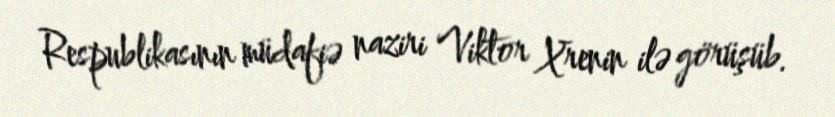
Respublikasının müdafiə naziri Viktor Xrenin ilə görüşüb.